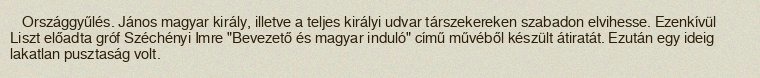
Országgyűlés. János magyar király, illetve a teljes királyi udvar társzekereken szabadon elvihesse. Ezenkívül Liszt előadta gróf Széchényi Imre "Bevezető és magyar induló" című művéből készült átiratát. Ezután egy ideig lakatlan pusztaság volt.